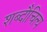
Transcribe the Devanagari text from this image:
शब्दौचित्य